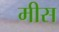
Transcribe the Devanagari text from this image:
मीस